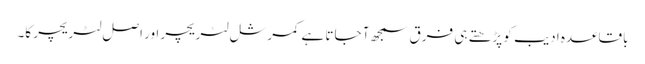
باقاعدہ ادیب کو پڑھتے ہی فرق سمجھ آ جاتا ہے کمرشل لٹریچر اور اصل لٹریچر کا۔